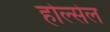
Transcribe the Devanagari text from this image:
होल्सेल